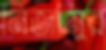
নিজামুর